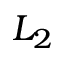
L _ { 2 }